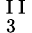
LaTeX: _{\mathrm{~3~}}^{\mathrm{~I~I~}}